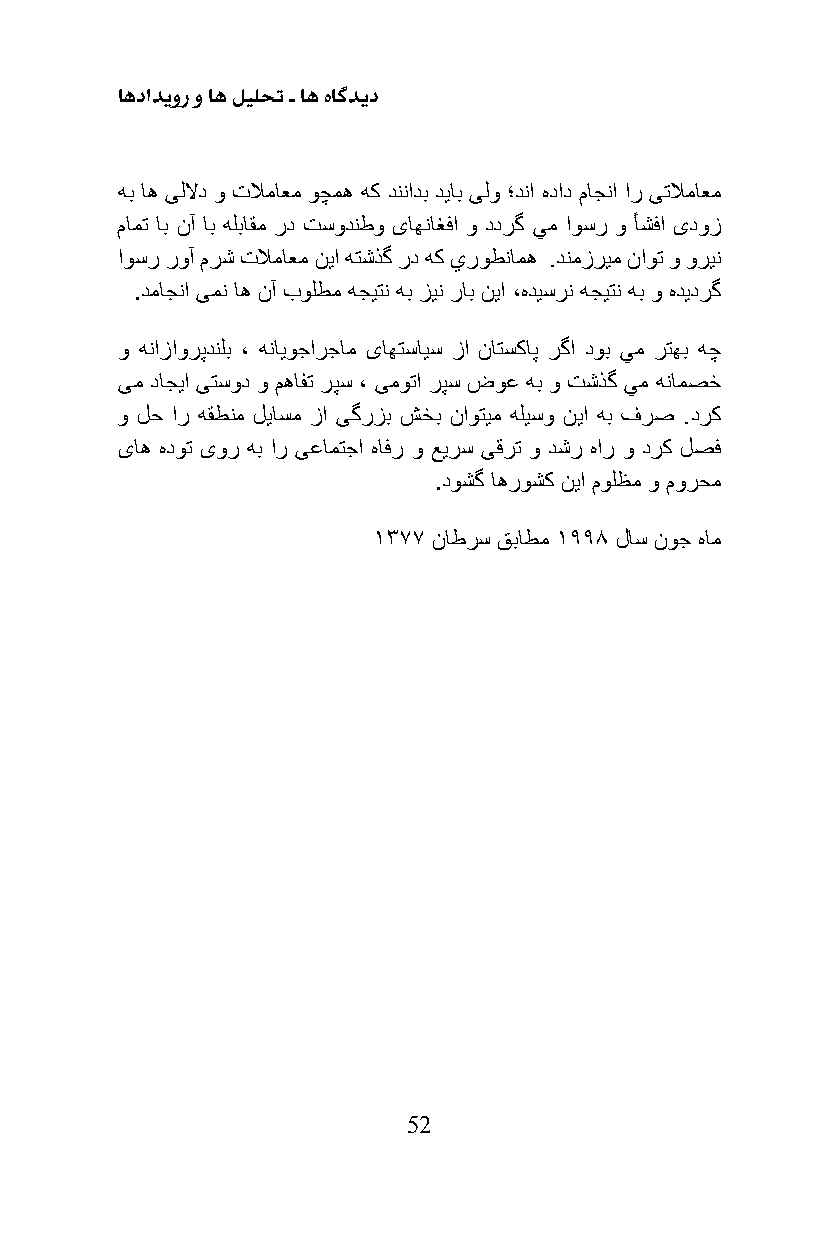
اهدادیور و اه لیلحت ـ اه هاگدید
 هب اه ىللاد و تلاماعم وچمه هك دننادب دیاب ىلو ؛دنا هداد ماجنا ار ىتلاماعم
 مامت اب نآ اب هلباقم رد تسودنطو ىاهناغفا و ددرگ يم اوسر و أشفا ىدوز
 اوسر روآ مرش تلاماعم نیا هتشذگ رد هك يروطنامه .دنمزریم ناوت و ورین
 .دماجنا ىمن اه نآ بولطم هجیتن هب زین راب نیا ،هدیسرن هجیتن هب و هدیدرگ
 و هنازاورپدنلب ، هنایوجارجام ىاهتسایس زا ناتسكاپ رگا دوب يم رتهب هچ
 ىم داجیا ىتسود و مهافت رپس ، ىموتا رپس ضوع هب و تشذگ يم هنامصخ
 و لح ار هقطنم لیاسم زا ىگرزب شخب ناوتیم هلیسو نیا هب فرص .درک
 ىاه هدوت ىور هب ار ىعامتجا هافر و عیرس ىقرت و دشر هار و درك لصف
 .دوشگ اهروشك نیا مولظم و مورحم
 1377 ناطرس قباطم 1998 لاس نوج هام
 52